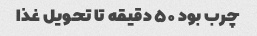
چرب بود ۵۰ دقیقه تا تحویل غذا